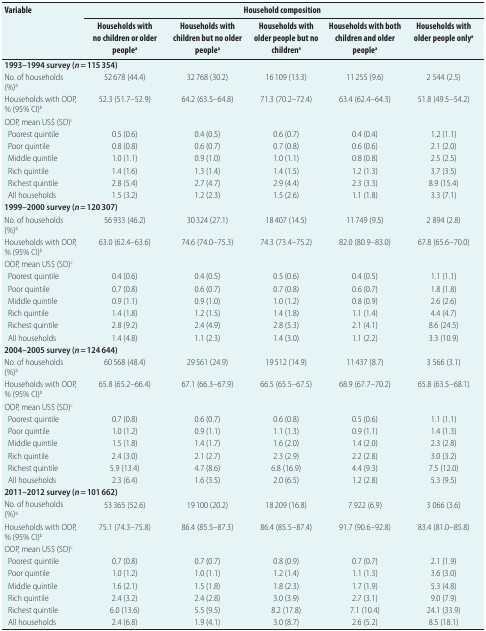
<table><thead><tr><td rowspan="2"><b>Variable</b></td><td colspan="5"><b>Household composition</b></td></tr><tr><td><b>Households with no children or older people<sup>a</sup></b></td><td><b>Households with children but no older people<sup>a</sup></b></td><td><b>Households with older people but no children<sup>a</sup></b></td><td><b>Households with both children and older people<sup>a</sup></b></td><td><b>Households with older people only<sup>a</sup></b></td></tr></thead><tbody><tr><td colspan="6"><b>1993–1994 survey (<i>n</i> = 115 354)</b></td></tr><tr><td>No. of households (%)<sup>b</sup></td><td>52 678 (44.4)</td><td>32 768 (30.2)</td><td>16 109 (13.3)</td><td>11 255 (9.6)</td><td>2 544 (2.5)</td></tr><tr><td>Households with OOP, % (95% CI)<sup>b</sup></td><td>52.3 (51.7–52.9)</td><td>64.2 (63.5–64.8)</td><td>71.3 (70.2–72.4)</td><td>63.4 (62.4–64.3)</td><td>51.8 (49.5–54.2)</td></tr><tr><td>OOP, mean US$ (SD)<sup>c</sup></td><td></td><td></td><td></td><td></td><td></td></tr><tr><td>Poorest quintile</td><td>0.5 (0.6)</td><td>0.4 (0.5)</td><td>0.6 (0.7)</td><td>0.4 (0.4)</td><td>1.2 (1.1)</td></tr><tr><td>Poor quintile</td><td>0.8 (0.8)</td><td>0.6 (0.7)</td><td>0.7 (0.8)</td><td>0.6 (0.6)</td><td>2.1 (2.0)</td></tr><tr><td>Middle quintile</td><td>1.0 (1.1)</td><td>0.9 (1.0)</td><td>1.0 (1.1)</td><td>0.8 (0.8)</td><td>2.5 (2.5)</td></tr><tr><td>Rich quintile</td><td>1.4 (1.6)</td><td>1.3 (1.4)</td><td>1.4 (1.5)</td><td>1.2 (1.3)</td><td>3.7 (3.5)</td></tr><tr><td>Richest quintile</td><td>2.8 (5.4)</td><td>2.7 (4.7)</td><td>2.9 (4.4)</td><td>2.3 (3.3)</td><td>8.9 (15.4)</td></tr><tr><td>All households</td><td>1.5 (3.2)</td><td>1.2 (2.3)</td><td>1.5 (2.6)</td><td>1.1 (1.8)</td><td>3.3 (7.1)</td></tr><tr><td colspan="6"><b>1999–2000 survey (<i>n</i> = 120 307)</b></td></tr><tr><td>No. of households (%)<sup>b</sup></td><td>56 933 (46.2)</td><td>30 324 (27.1)</td><td>18 407 (14.5)</td><td>11 749 (9.5)</td><td>2 894 (2.8)</td></tr><tr><td>Households with OOP, % (95% CI)<sup>b</sup></td><td>63.0 (62.4–63.6)</td><td>74.6 (74.0–75.3)</td><td>74.3 (73.4–75.2)</td><td>82.0 (80.9–83.0)</td><td>67.8 (65.6–70.0)</td></tr><tr><td>OOP, mean US$ (SD)<sup>c</sup></td><td></td><td></td><td></td><td></td><td></td></tr><tr><td>Poorest quintile</td><td>0.4 (0.6)</td><td>0.4 (0.5)</td><td>0.5 (0.6)</td><td>0.4 (0.5)</td><td>1.1 (1.1)</td></tr><tr><td>Poor quintile</td><td>0.7 (0.8)</td><td>0.6 (0.7)</td><td>0.7 (0.8)</td><td>0.6 (0.7)</td><td>1.8 (1.8)</td></tr><tr><td>Middle quintile</td><td>0.9 (1.1)</td><td>0.9 (1.0)</td><td>1.0 (1.2)</td><td>0.8 (0.9)</td><td>2.6 (2.6)</td></tr><tr><td>Rich quintile</td><td>1.4 (1.8)</td><td>1.2 (1.5)</td><td>1.4 (1.8)</td><td>1.1 (1.4)</td><td>4.4 (4.7)</td></tr><tr><td>Richest quintile</td><td>2.8 (9.2)</td><td>2.4 (4.9)</td><td>2.8 (5.3)</td><td>2.1 (4.1)</td><td>8.6 (24.5)</td></tr><tr><td>All households</td><td>1.4 (4.8)</td><td>1.1 (2.3)</td><td>1.4 (3.0)</td><td>1.1 (2.2)</td><td>3.3 (10.9)</td></tr><tr><td colspan="6"><b>2004–2005 survey (<i>n</i> = 124 644) </b></td></tr><tr><td>No. of households (%)<sup>b</sup></td><td>60 568 (48.4)</td><td>29 561 (24.9)</td><td>19 512 (14.9)</td><td>11 437 (8.7)</td><td>3 566 (3.1)</td></tr><tr><td>Households with OOP, % (95% CI)<sup>b</sup></td><td>65.8 (65.2–66.4)</td><td>67.1 (66.3–67.9)</td><td>66.5 (65.5–67.5)</td><td>68.9 (67.7–70.2)</td><td>65.8 (63.5–68.1)</td></tr><tr><td>OOP, mean US$ (SD)<sup>c</sup></td><td></td><td></td><td></td><td></td><td></td></tr><tr><td>Poorest quintile</td><td>0.7 (0.8)</td><td>0.6 (0.7)</td><td>0.6 (0.8)</td><td>0.5 (0.6)</td><td>1.1 (1.1)</td></tr><tr><td>Poor quintile</td><td>1.0 (1.2)</td><td>0.9 (1.1)</td><td>1.1 (1.3)</td><td>0.9 (1.1)</td><td>1.4 (1.3)</td></tr><tr><td>Middle quintile</td><td>1.5 (1.8)</td><td>1.4 (1.7)</td><td>1.6 (2.0)</td><td>1.4 (2.0)</td><td>2.3 (2.8)</td></tr><tr><td>Rich quintile</td><td>2.4 (3.0)</td><td>2.1 (2.7)</td><td>2.3 (2.9)</td><td>2.2 (2.8)</td><td>3.0 (3.2)</td></tr><tr><td>Richest quintile</td><td>5.9 (13.4)</td><td>4.7 (8.6)</td><td>6.8 (16.9)</td><td>4.4 (9.3)</td><td>7.5 (12.0)</td></tr><tr><td>All households</td><td>2.3 (6.4)</td><td>1.6 (3.5)</td><td>2.0 (6.5)</td><td>1.2 (2.8)</td><td>5.3 (9.5)</td></tr><tr><td colspan="6"><b>2011–2012 survey (<i>n</i> = 101 662)</b></td></tr><tr><td>No. of households (%)<sup>b</sup></td><td>53 365 (52.6)</td><td>19 100 (20.2)</td><td>18 209 (16.8)</td><td>7 922 (6.9)</td><td>3 066 (3.6)</td></tr><tr><td>Households with OOP, % (95% CI)<sup>b</sup></td><td>75.1 (74.3–75.8)</td><td>86.4 (85.5–87.3)</td><td>86.4 (85.5–87.4)</td><td>91.7 (90.6–92.8)</td><td>83.4 (81.0–85.8)</td></tr><tr><td>OOP, mean US$ (SD)<sup>c</sup></td><td></td><td></td><td></td><td></td><td></td></tr><tr><td>Poorest quintile</td><td>0.7 (0.8)</td><td>0.7 (0.7)</td><td>0.8 (0.9)</td><td>0.7 (0.7)</td><td>2.1 (1.9)</td></tr><tr><td>Poor quintile</td><td>1.0 (1.2)</td><td>1.0 (1.1)</td><td>1.2 (1.4)</td><td>1.1 (1.3)</td><td>3.6 (3.0)</td></tr><tr><td>Middle quintile</td><td>1.6 (2.1)</td><td>1.5 (1.8)</td><td>1.8 (2.3)</td><td>1.7 (1.9)</td><td>5.3 (4.8)</td></tr><tr><td>Rich quintile</td><td>2.4 (3.2)</td><td>2.4 (2.8)</td><td>3.0 (3.9)</td><td>2.7 (3.1)</td><td>9.0 (7.9)</td></tr><tr><td>Richest quintile</td><td>6.0 (13.6)</td><td>5.5 (9.5)</td><td>8.2 (17.8)</td><td>7.1 (10.4)</td><td>24.1 (33.9)</td></tr><tr><td>All households</td><td>2.4 (6.8)</td><td>1.9 (4.1)</td><td>3.0 (8.7)</td><td>2.6 (5.2)</td><td>8.5 (18.1)</td></tr></tbody></table>